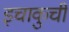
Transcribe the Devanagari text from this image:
इचाकुची